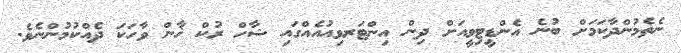
ނެތެމުންދާކަމަށް ބުނެ އެންޑީޓިވީއަށް ދިން އިންޓަރވިއުއެއްގައި ޝާހް ރުކް ޚާން ވާހަކަ ދެއްކުމުންނެވެ.